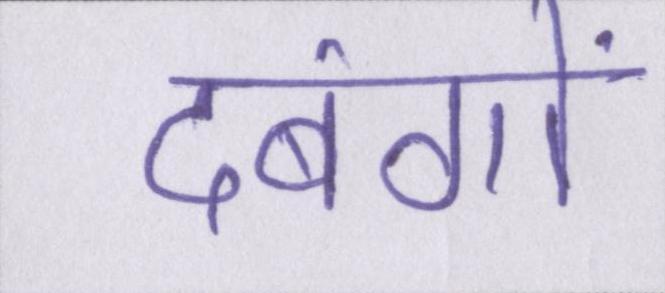
दबंगों